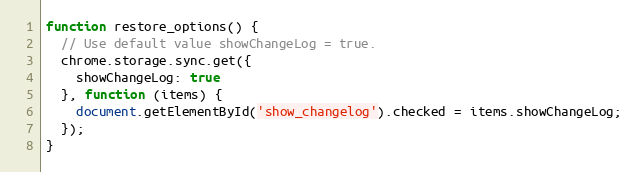
Language: JavaScript
function restore_options() {
  // Use default value showChangeLog = true.
  chrome.storage.sync.get({
    showChangeLog: true
  }, function (items) {
    document.getElementById('show_changelog').checked = items.showChangeLog;
  });
}